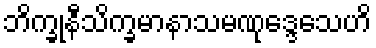
ဘိက္ခုနီသိက္ခမာနာသမဏုဒ္ဒေသေဟိ